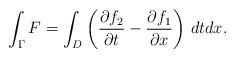
\begin{align*}\int_{\Gamma}F=\int_{D}\left(\dfrac{\partial f_2}{\partial t}-\dfrac{\partial f_1}{\partial x} \right) \, dt dx.\end{align*}